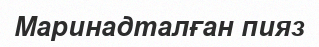
Маринадталған пияз